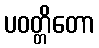
ပဝတ္တိတော